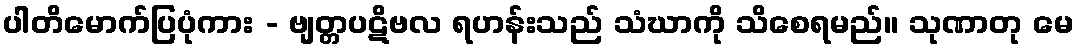
ပါတိမောက်ပြပုံကား - ဗျတ္တပဋိဗလ ရဟန်းသည် သံဃာကို သိစေရမည်။ သုဏာတု မေ